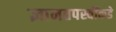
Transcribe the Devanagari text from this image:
ज्ञानतपस्वींकडे